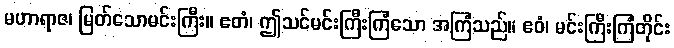
မဟာရာဇ၊ မြတ်သောမင်းကြီး။ ဧတံ၊ ဤသင်မင်းကြီးကြံသော အကြံသည်။ ဧဝံ၊ မင်းကြီးကြံတိုင်း